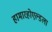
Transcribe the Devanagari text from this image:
हामारहोएल्डला